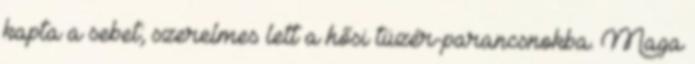
kapta a sebet; szerelmes lett a hősi tüzér-parancsnokba. Maga